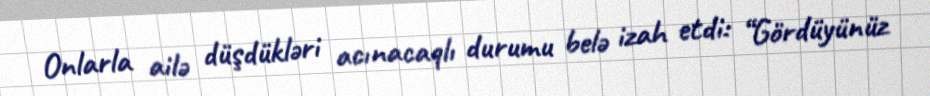
Onlarla ailə düşdükləri acınacaqlı durumu belə izah etdi: “Gördüyünüz